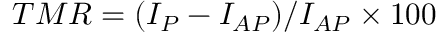
T M R = ( I _ { P } - I _ { A P } ) / I _ { A P } \times 1 0 0 \